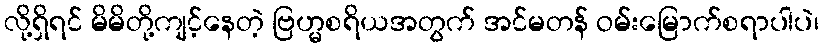
လို့ရှိရင် မိမိတို့ကျင့်နေတဲ့ ဗြဟ္မစရိယအတွက် အင်မတန် ဝမ်းမြောက်စရာပါပဲ၊